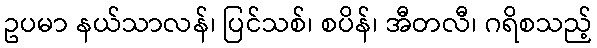
ဥပမာ နယ်သာလန်၊ ပြင်သစ်၊ စပိန်၊ အီတလီ၊ ဂရိစသည့်